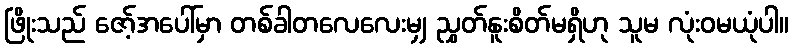
ဖြိုးသည် ဇော့်အပေါ်မှာ တစ်ခါတလေလေးမျှ ညွှတ်နူးစိတ်မရှိဟု သူမ လုံးဝမယုံပါ။